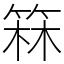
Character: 箖